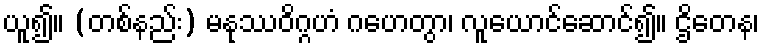
ယူ၍။ (တစ်နည်း) မနုဿဝိဂ္ဂဟံ ဂဟေတွာ၊ လူယောင်ဆောင်၍။ ဌိတေန၊